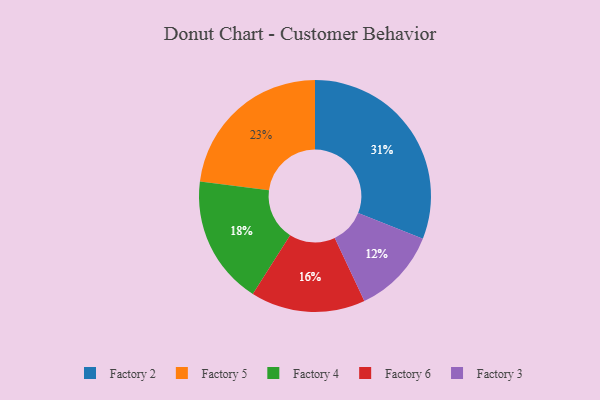
{"axis": {"x": "Category", "y": "Percentage"}, "legend": ["Factory 2", "Factory 3", "Factory 4", "Factory 5", "Factory 6"], "data": [{"x": "Factory 4", "y": 18, "type": "Factory 4"}, {"x": "Factory 6", "y": 16, "type": "Factory 6"}, {"x": "Factory 3", "y": 12, "type": "Factory 3"}, {"x": "Factory 5", "y": 23, "type": "Factory 5"}, {"x": "Factory 2", "y": 31, "type": "Factory 2"}]}